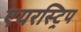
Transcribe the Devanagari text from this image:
एयरस्ट्रिप